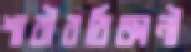
শারীরবিজ্ঞানী